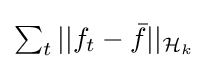
{\textstyle \sum _{t}||f_{t}-{\bar {f}}||_{{\mathcal {H}}_{k}}}